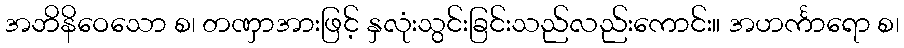
အဘိနိဝေသော စ၊ တဏှာအားဖြင့် နှလုံးသွင်းခြင်းသည်လည်းကောင်း။ အဟင်္ကာရော စ၊